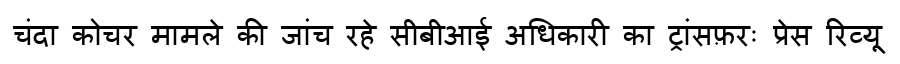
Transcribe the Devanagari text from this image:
चंदा कोचर मामले की जांच रहे सीबीआई अधिकारी का ट्रांसफ़रः प्रेस रिव्यू